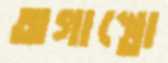
অগাস্তো